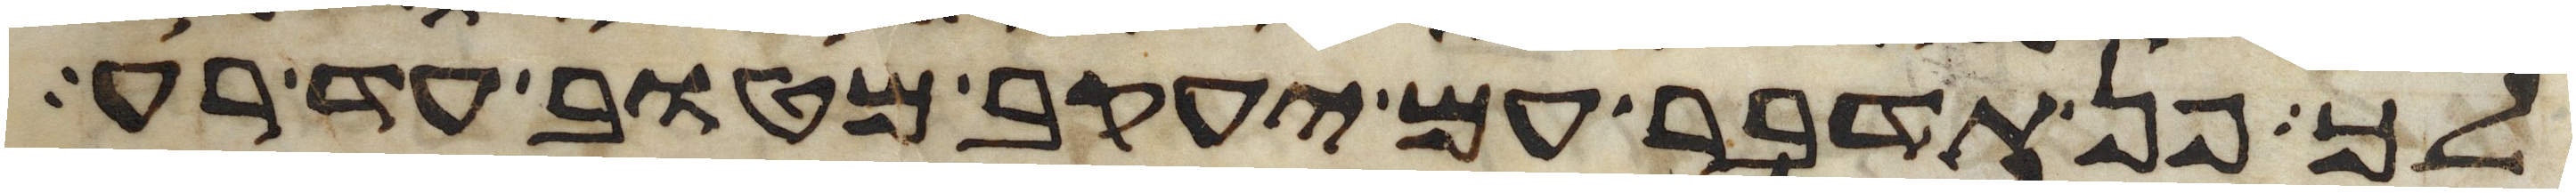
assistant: לך פן תדבר עם יעקב מטוב עד רע